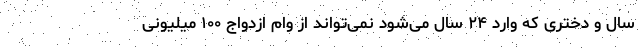
سال و دختری که وارد ۲۴ سال می‌شود نمی‌تواند از وام ازدواج ۱۰۰ میلیونی